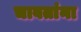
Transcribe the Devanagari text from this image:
चावतांना